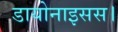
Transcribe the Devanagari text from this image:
डायोनाइसस।